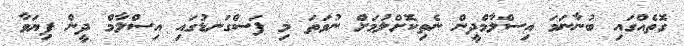
ގޮތެއްގައި ބުނާނަމަ އިސްލާމްދީން ނެތިކޮށްލުމަށް ނުވަތަ މި ފަސްގަނޑުގައި އިސްލާމް ދީން ފިޔަވާ